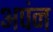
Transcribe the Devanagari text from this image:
अपंन